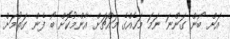
އަށް ބޯން ގަންނަ ނަމަ މަހެއްގެ މައްޗަށް އާންމުކޮށް ބޯ ފެން ގަތުމަށް